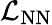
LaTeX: \mathcal{L}_{\mathrm{NN}}